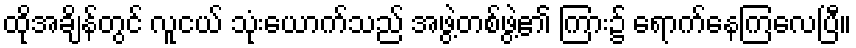
ထိုအချိန်တွင် လူငယ် သုံးယောက်သည် အဖွဲ့တစ်ဖွဲ့၏ ကြား၌ ရောက်နေကြလေပြီ။